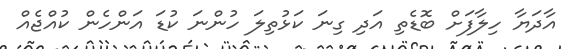
އާދަޔާ ހިލާފަށް ބޮޑެތި އަދި ގިނަ ކަޅުތިލަ ހުންނަ ކުޑަ އަންހެން ކުއްޖެއް